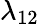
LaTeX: \lambda_{12}